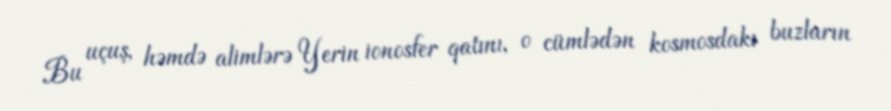
Bu uçuş, həmdə alimlərə Yerin ionosfer qatını, o cümlədən kosmosdakı buzların